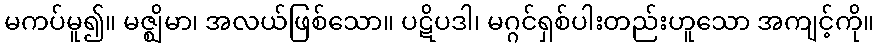
မကပ်မူ၍။ မဇ္ဈိမာ၊ အလယ်ဖြစ်သော။ ပဋိပဒါ၊ မဂ္ဂင်ရှစ်ပါးတည်းဟူသော အကျင့်ကို။